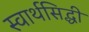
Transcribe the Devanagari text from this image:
स्वार्थसिद्धी